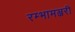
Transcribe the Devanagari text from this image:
रम्भामञ्जरी